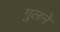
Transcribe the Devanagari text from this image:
गुलने